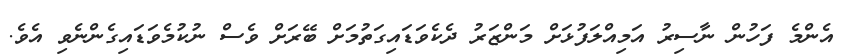
އެންމެ ފަހުން ނާސިރު އަމިއްލަފުޅަށް މަންޒަރު ދެކެވަޑައިގަތުމަށް ބޭރަށް ވެސް ނުކުމެވަޑައިގެންނެވި އެވެ.